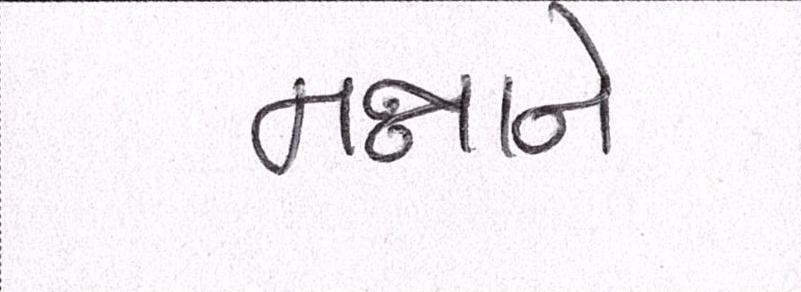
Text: મન્નાને